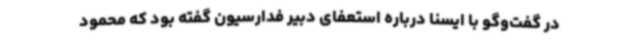
در گفت‌وگو با ایسنا درباره استعفای دبیر فدارسیون گفته بود که محمود